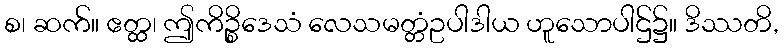
စ၊ ဆက်။ ဧတ္ထ၊ ဤကိဉ္စိဒေသံ လေသမတ္တံဥပါဒါယ ဟူသောပါဌ်၌။ ဒိဿတိ,